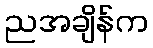
ညအချိန်က